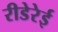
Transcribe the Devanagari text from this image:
रीडेरेई